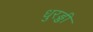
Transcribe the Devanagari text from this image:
धुरड्डी